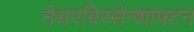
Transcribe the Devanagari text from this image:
नेचरविस्सेन्शाफ्टन